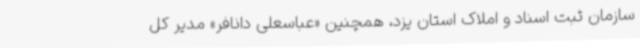
سازمان ثبت اسناد و املاک استان یزد، همچنین «عباسعلی دانافر» مدیر کل